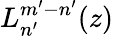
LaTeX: L_{n^{\prime}}^{m^{\prime}-n^{\prime}}(z)